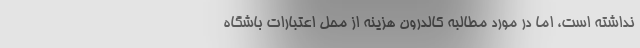
نداشته است، اما در مورد مطالبه کالدرون هزینه از محل اعتبارات باشگاه